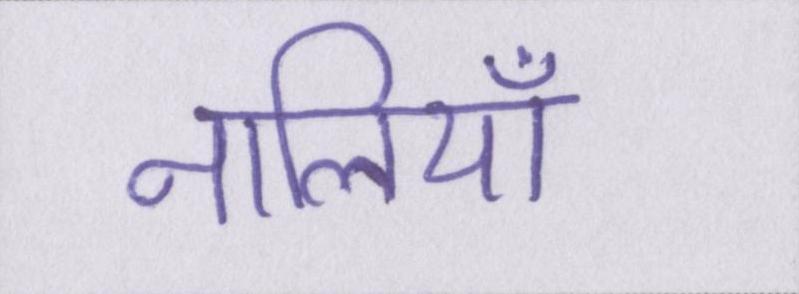
नालियाँ